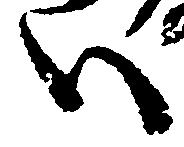
い